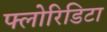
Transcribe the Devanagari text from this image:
फ्लोरिडिटा